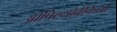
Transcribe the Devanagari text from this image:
ओपिस्थोब्रैंकिया